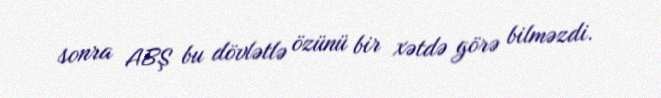
sonra ABŞ bu dövlətlə özünü bir xətdə görə bilməzdi.